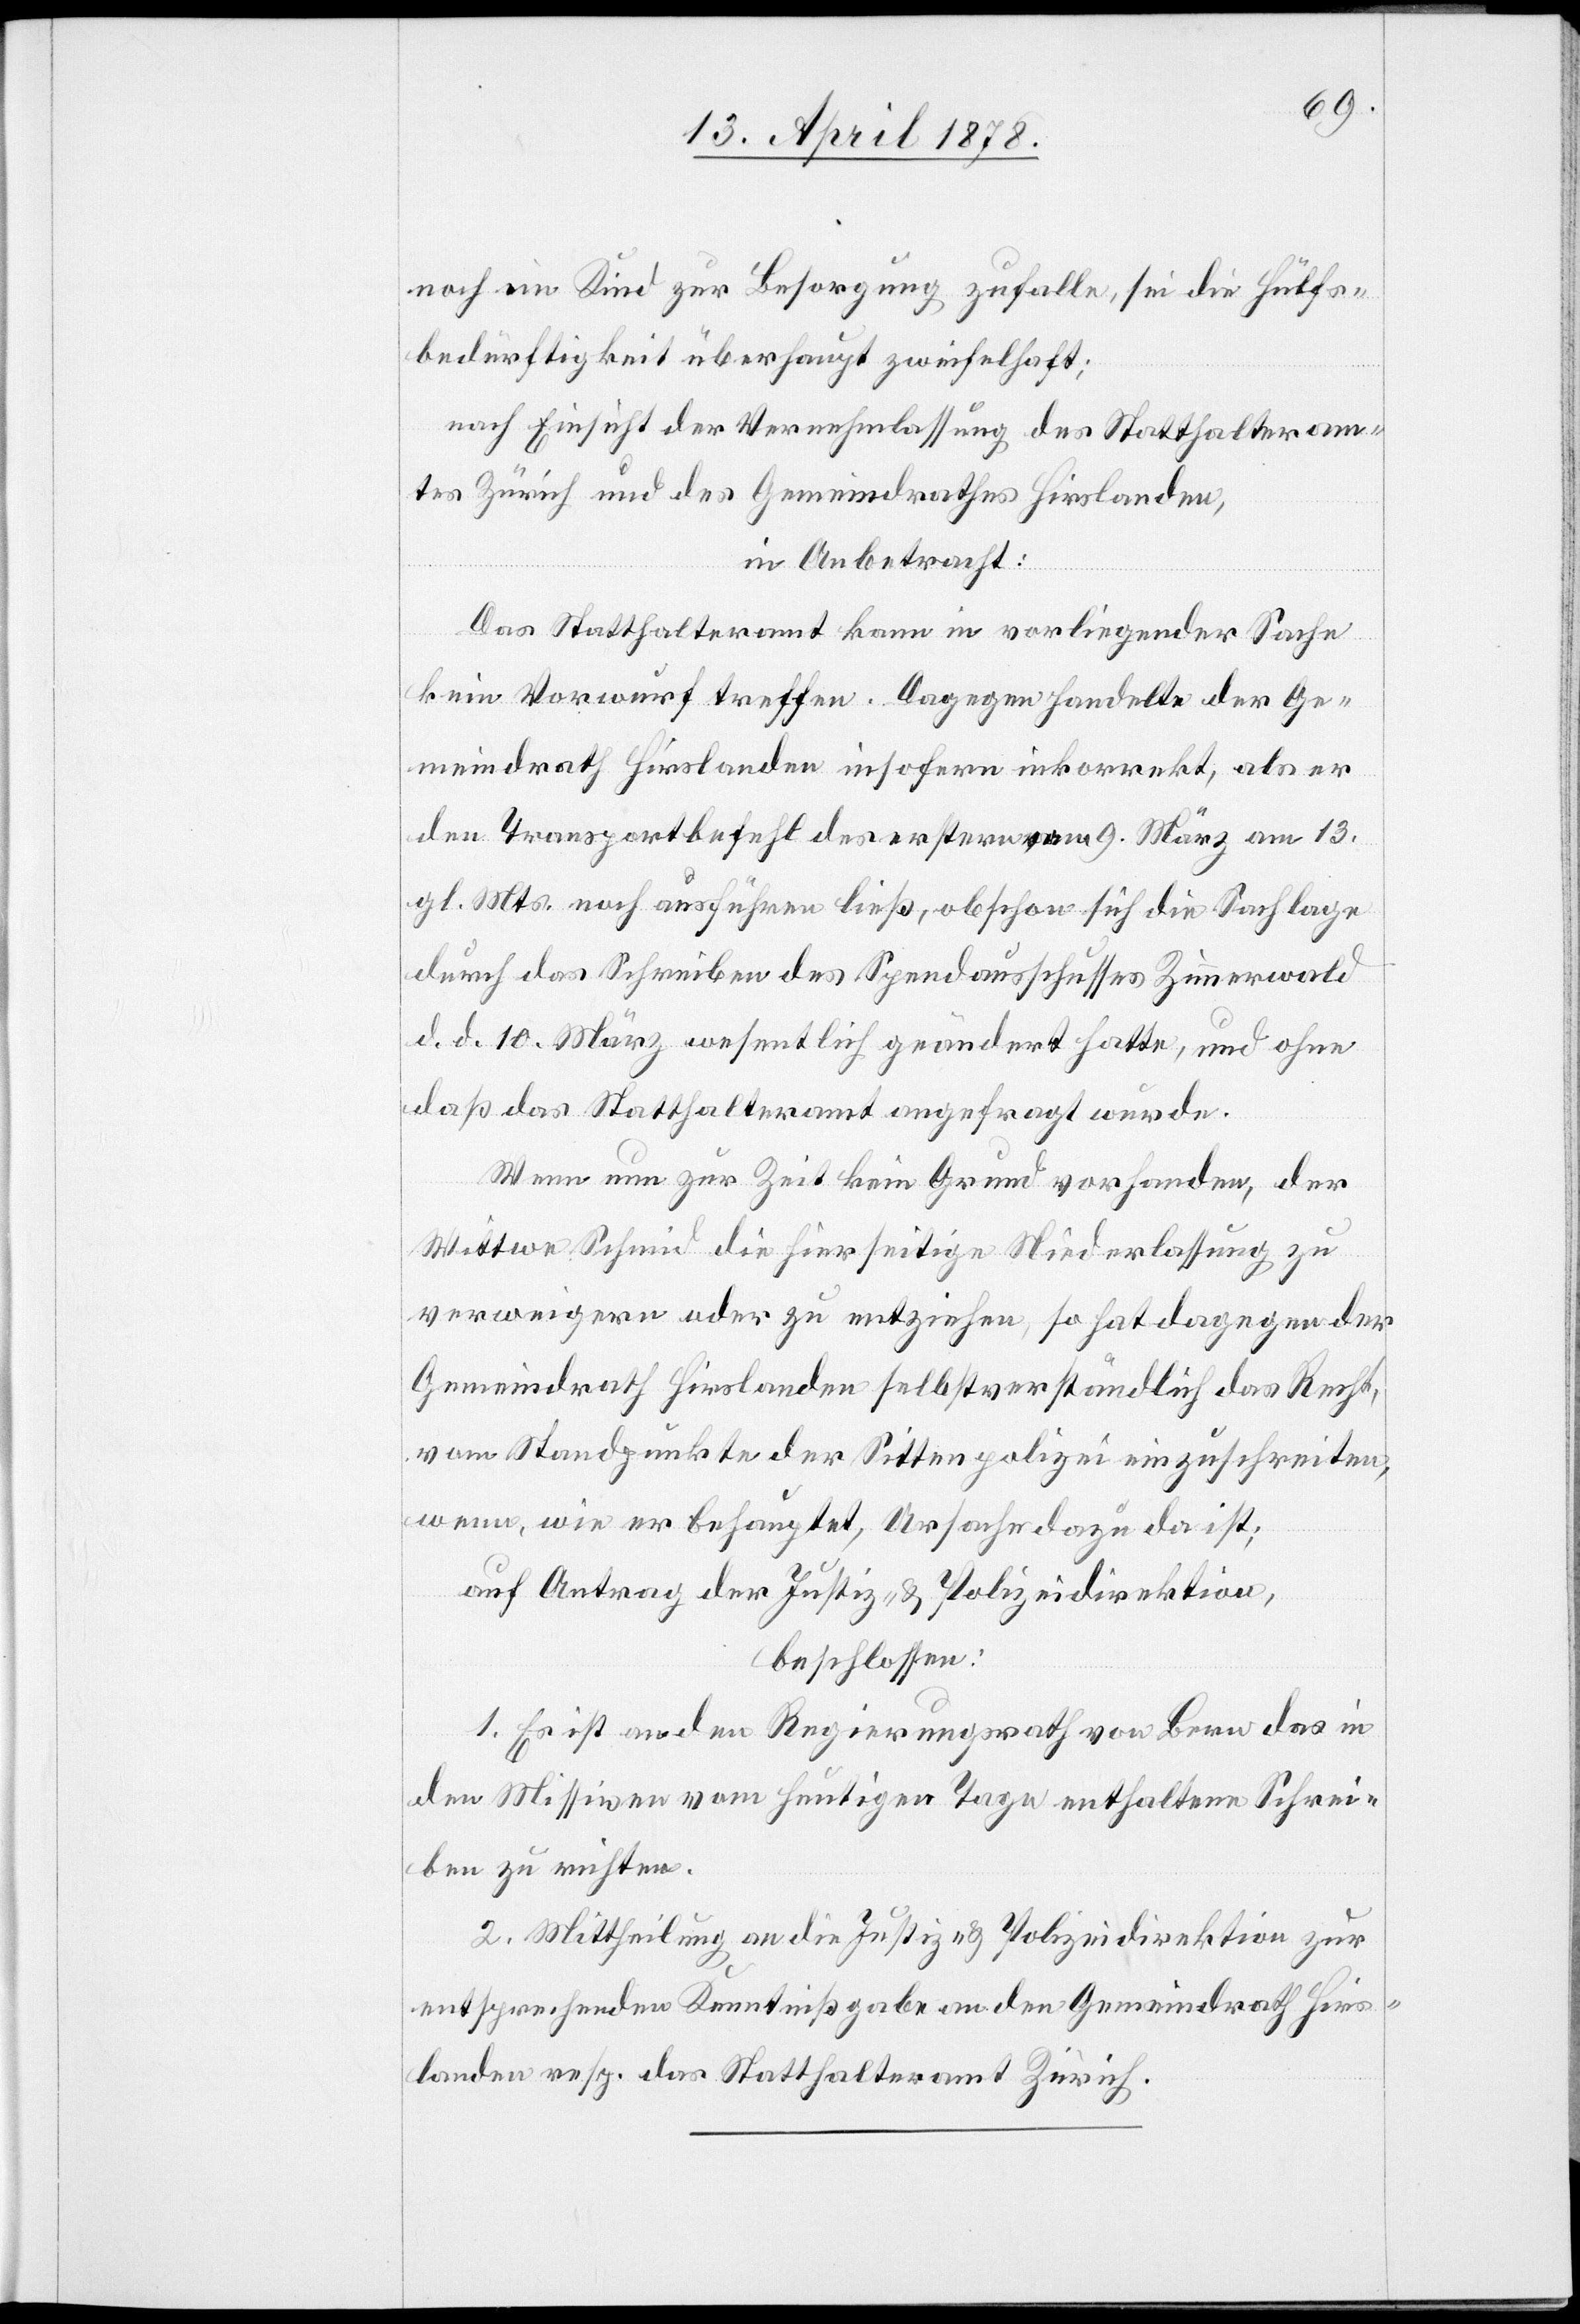
noch ein Kind zur Besorgung zufalle, sei die Hülfs¬
bedürftigkeit überhaupt zweifelhaft;
nach Einsicht der Vernehmlassung des Statthalteram¬
tes Zürich und des Gemeindrathes Hirslanden,
in Anbetracht:
Das Statthalteramt kann in vorliegender Sache
kein Vorwurf treffen. Dagegen handelte der Ge¬
meindrath Hirslanden insofern inkorrekt, als er
den Transportbefehl des erstern vom 9. März am 13.
gl. Mts. noch ausführen ließ, obschon sich die Sachlage
durch das Schreiben des Spendausschusses Zimmerwald
d. d. 10. März wesentlich geändert hatte, und ohne
daß das Statthalteramt angefragt wurde.
Wenn nun zur Zeit kein Grund vorhanden, der
Wittwe Schmid die hierseitige Niederlassung zu
verweigern oder zu entziehen, so hat dagegen der
Gemeindrath Hirslanden selbstverständlich das Recht,
vom Standpunkte der Sittenpolizei einzuschreiten,
wenn, wie er behauptet, Ursache dazu da ist;
auf Antrag der Justiz- & Polizeidirektion,
beschlossen:
1. Es ist an den Regierungsrath von Bern das in
den Missiven vom heutigen Tage enthaltene Schrei¬
ben zu richten.
2. Mittheilung an die Justiz- & Polizeidirektion zur
entsprechender Kenntnißgabe an den Gemeindrath Hirs¬
landen resp. das Statthalteramt Zürich.